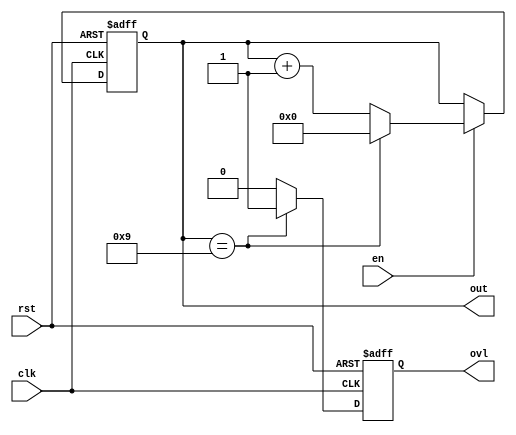
`timescale 1ns / 1ps

module cnt1dek(
    input clk,
    input rst,
    input en,
    output reg ovl,
    output reg[3:0] out
    );

always @(posedge clk, posedge rst)
	if (rst)
		out <= 4'b0;
	else if (en)
		if (out == 4'd9)
			out <= 4'b0;
		else
			out <= out + 1'b1;

always @(posedge clk, posedge rst)
	if (rst)
		ovl <= 1'b0;
	else
		if (out == 4'd9)
			ovl <= 1'b1;
		else
			ovl <= 1'b0;

endmodule